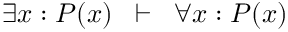
\exists x : P ( x ) \; \; \vdash \; \; \forall x : P ( x )